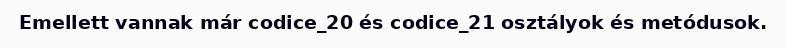
Emellett vannak már codice_20 és codice_21 osztályok és metódusok.